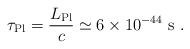
LaTeX: \begin{align*}\tau_{\rm Pl}=\frac{L_{\rm Pl}}{c}\simeq 6\times 10^{-44}\ {\rm s}\ .\end{align*}